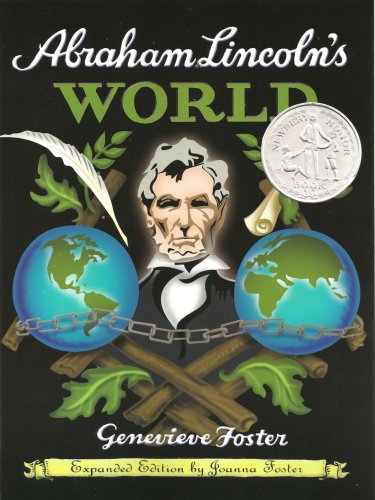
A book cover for Abraham Lincoln's World, Expanded Edition; Genevieve Foster; Teen & Young Adult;